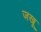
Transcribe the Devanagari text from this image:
जखू